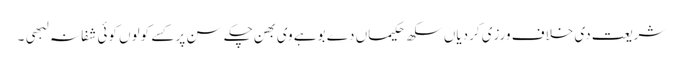
شریعت دی خلاف ورزی کردیاں سکھ حکیماں دے بوہے وی بھن چکے سن پر کسے کولوں کوئی شفا نہ لبھی ۔